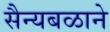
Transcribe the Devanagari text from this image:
सैन्यबळाने